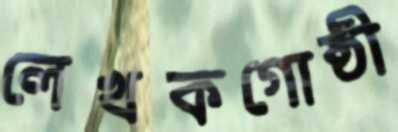
লেখকগোষ্ঠী